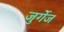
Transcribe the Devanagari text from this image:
जुर्गेज